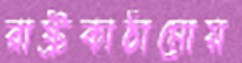
রাষ্ট্রকাঠামোয়